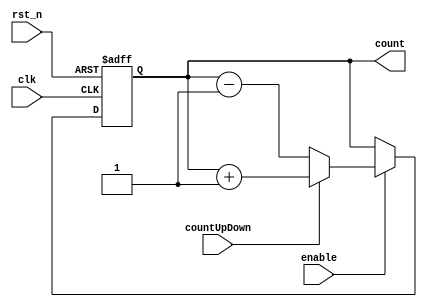
`timescale 1ns / 1ps
//////////////////////////////////////////////////////////////////////////////////
// Company: 
// Engineer: 
// 
// Design Name: 
// Module Name: countUpDown
// Project Name: 
// Target Devices: 
// Tool Versions: 
// Description: 
// 
// Dependencies: 
// 
// Revision:
// Revision 0.01 - File Created
// Additional Comments:
// 
//////////////////////////////////////////////////////////////////////////////////


module countUpDown(
    input wire rst_n,
    input wire clk,
    input wire enable,
    input wire countUpDown,
    
    output reg [3:0] count 
    );
  
    always@(posedge clk or negedge rst_n) begin 
        if(!rst_n) begin 
            count <= 4'h0 ;
        end else begin 
            if(enable) begin 
                if(countUpDown) begin 
                    count <= count + 1'b1 ;
                end else begin 
                    count <= count - 1'b1 ;
                end
             end else begin 
                // count <= count 
             end
        end 
    end   
    
    
endmodule